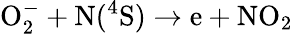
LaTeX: \mathrm O_{2}^{-}+\mathrm N(^{4}\mathrm S)\to\mathrm e+\mathrm N\mathrm O_{2}